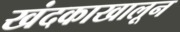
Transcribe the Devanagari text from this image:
खंदकाखालून